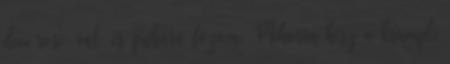
deci rosé-val, és puhára főzöm. Mikorra kész a krumpli